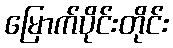
မြောက်ပိုင်းတိုင်း